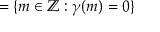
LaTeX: = \{ m \in \mathbb { Z } : \gamma ( m ) = 0 \}